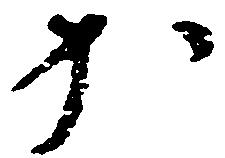
か